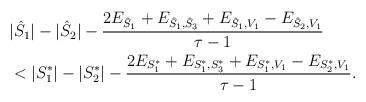
LaTeX: \begin{align*}\begin{aligned}[b]&|\hat{S}_1|-|\hat{S}_2|-\frac{2E_{\hat{S}_1}+E_{\hat{S}_1,\hat{S}_3}+E_{\hat{S}_1,V_1}-E_{\hat{S}_2,V_1}}{\tau-1}\\& <|S_1^*|-|S_2^*|-\frac{2E_{S_1^*}+E_{S_1^*,S_3^*}+E_{S_1^*,V_1}-E_{S_2^*,V_1}}{\tau-1}.\end{aligned}\end{align*}